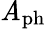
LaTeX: \mathit{A}_{\mathrm{{ph}}}